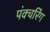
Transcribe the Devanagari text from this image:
पंक्चरिंग